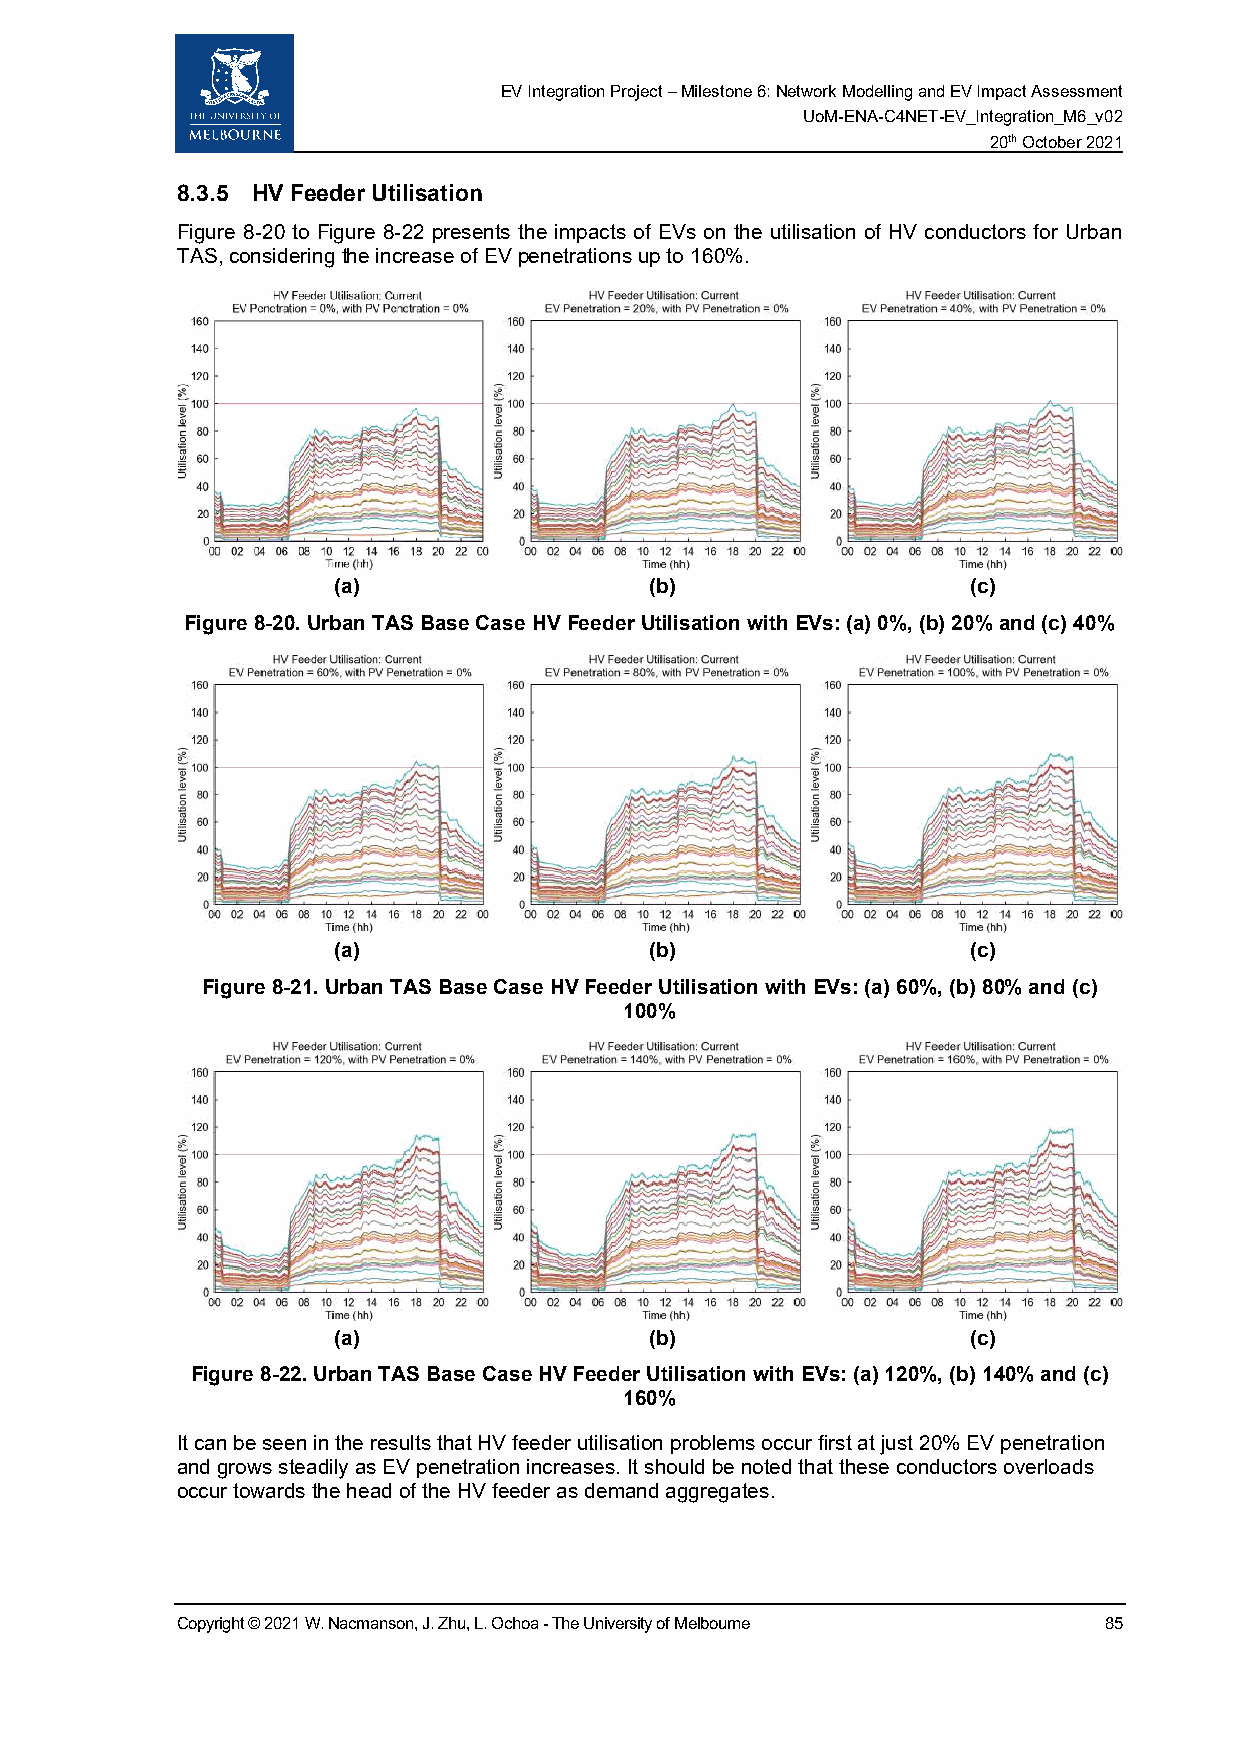
EV Integration Project – Milestone 6: Network Modelling and EV Impact Assessment
 UoM-ENA-C4NET-EV_Integration_M6_v02
 20th October 2021
 8.3.5 HV Feeder Utilisation
 Figure 8-20 to Figure 8-22 presents the impacts of EVs on the utilisation of HV conductors for Urban
 TAS, considering the increase of EV penetrations up to 160%.
 (a)                  (b)                  (c)
 Figure 8-20. Urban TAS Base Case HV Feeder Utilisation with EVs: (a) 0%, (b) 20% and (c) 40%
 (a)                  (b)                  (c)
 Figure 8-21. Urban TAS Base Case HV Feeder Utilisation with EVs: (a) 60%, (b) 80% and (c)
 100%
 (a)                  (b)                  (c)
 Figure 8-22. Urban TAS Base Case HV Feeder Utilisation with EVs: (a) 120%, (b) 140% and (c)
 160%
 It can be seen in the results that HV feeder utilisation problems occur first at just 20% EV penetration
 and grows steadily as EV penetration increases. It should be noted that these conductors overloads
 occur towards the head of the HV feeder as demand aggregates.
 Copyright © 2021 W. Nacmanson, J. Zhu, L. Ochoa - The University of Melbourne 85